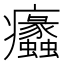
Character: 𤼠